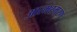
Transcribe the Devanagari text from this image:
आत्मस्मरण